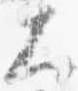
大